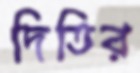
দিতির